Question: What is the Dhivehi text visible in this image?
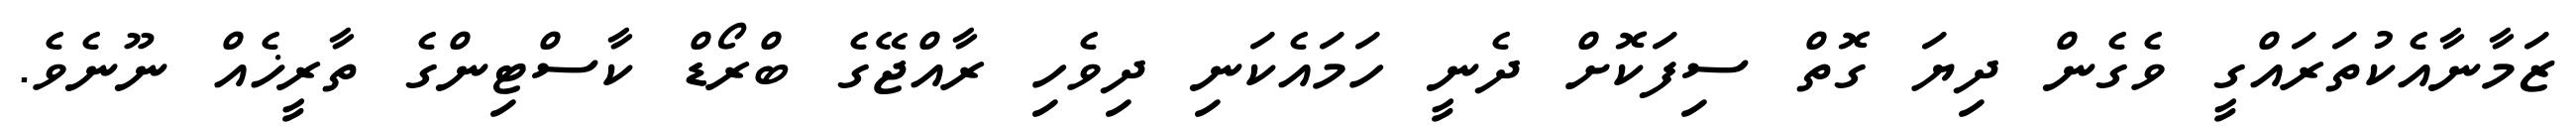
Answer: ޒަމާނާއެކުތަރައްގީ ވެގެން ދިޔަ ގޮތް ސިފަކޮށް ދެނީ ހަމައެކަނި ދިވެހި ރާއްޖޭގެ ބްރޯޑް ކާސްޓިންގެ ތާރީޚެއް ނޫނެވެ.